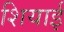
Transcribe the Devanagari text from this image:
शियाई